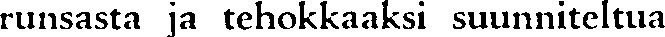
runsasta ja tehokkaaksi suunniteltua